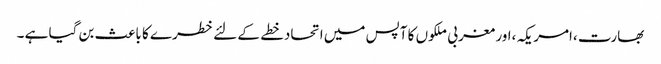
بھارت ،امریکہ ،اور مغربی ملکوں کا آپس میں اتحادخطے کے لئے خطرے کا باعث بن گیا ہے ۔